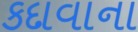
કદાવાના